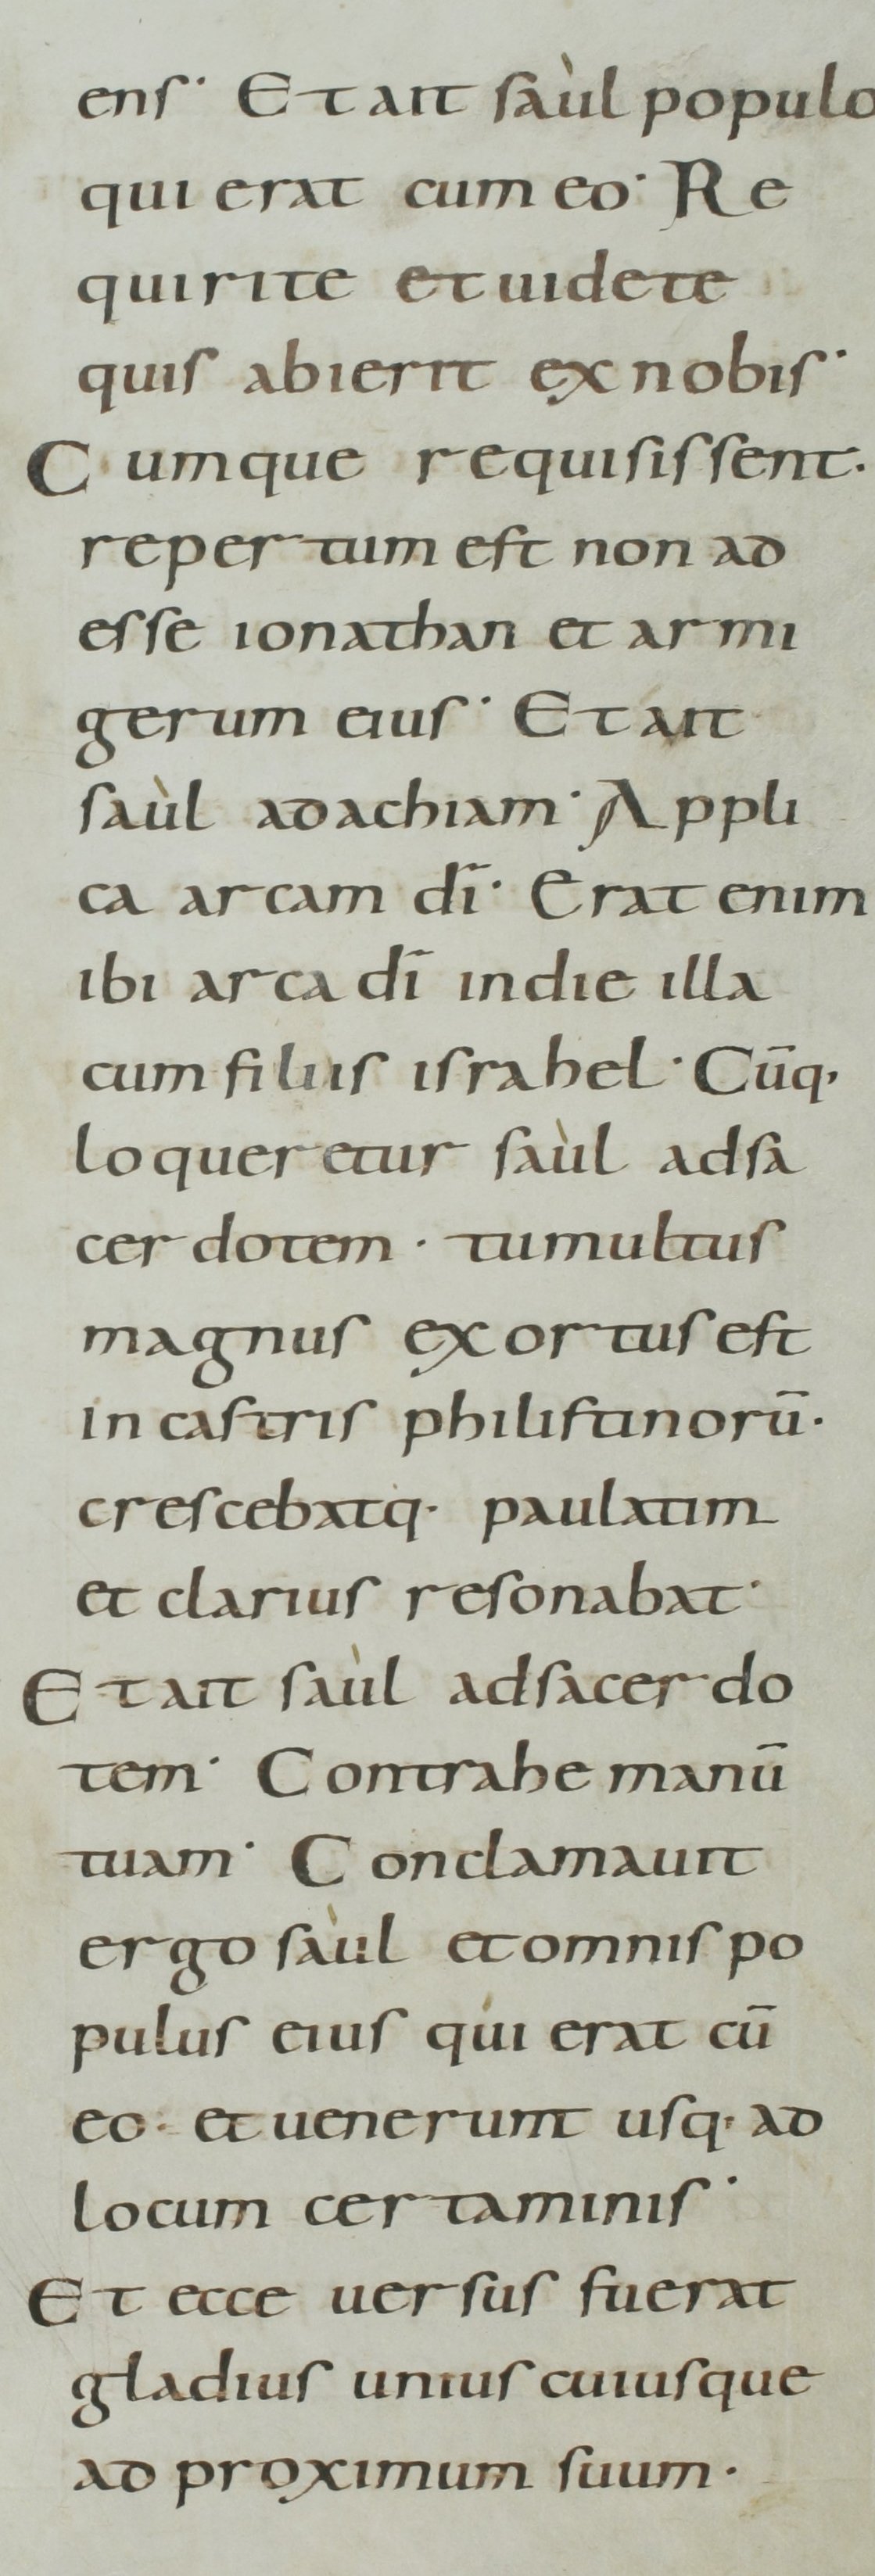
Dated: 800–899